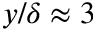
y / \delta \approx 3